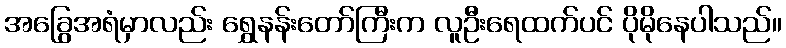
အခြွေအရံမှာလည်း ရွှေနန်းတော်ကြီးက လူဦးရေထက်ပင် ပိုမိုနေပါသည်။